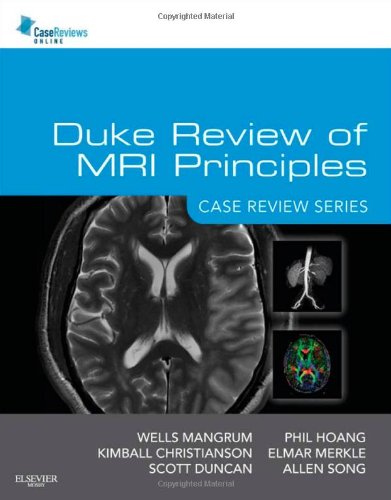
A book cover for Duke Review of MRI Principles: Case Review Series, 1e; Wells Mangrum MD; Engineering & Transportation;